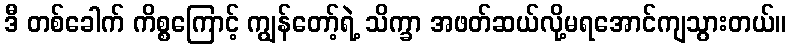
ဒီ တစ်ခေါက် ကိစ္စကြောင့် ကျွန်တော့်ရဲ့ သိက္ခာ အဖတ်ဆယ်လို့မရအောင်ကျသွားတယ်။